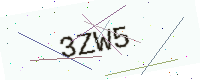
Text: 3ZW5